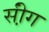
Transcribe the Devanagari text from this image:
सी़ंग